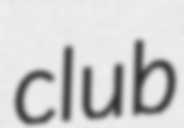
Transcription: club